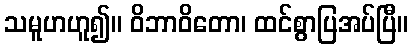
သမူဟဟူ၍။ ဝိဘာဝိတော၊ ထင်စွာပြအပ်ပြီ။